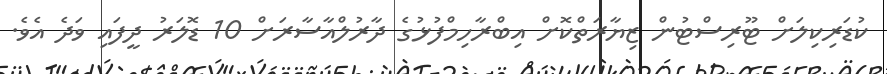
ކުޑަރިކިލަށް ޓޫރިސްޓުން ޒިޔާރަތްކޮށް އިބްރާހިމްފުޅުގެ ދާރުލްއާސާރަށް 10 ޑޮލަރު ދީފައި ވަދެ އެވެ.